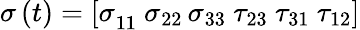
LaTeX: \sigma\left(t\right)={[\sigma}_{11}\ \sigma_{22\ }\sigma_{33}\ \tau_{23}\ \tau_{31}\ \tau_{12}]